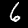
Label: 6